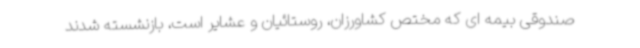
صندوقی بیمه ای که مختص کشاورزان، روستائیان و عشایر است، بازنشسته شدند